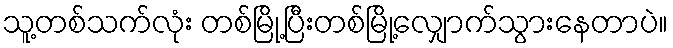
သူ့တစ်သက်လုံး တစ်မြို့ပြီးတစ်မြို့လျှောက်သွားနေတာပဲ။